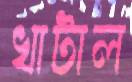
খাটাল